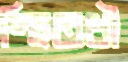
স্থিতধী